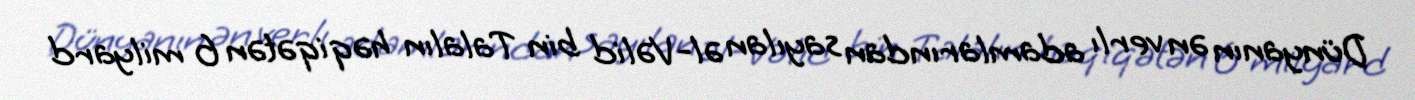
Dünyanın ən verlı adamlarından sayılan əl-Vəlid bin Talalın həqiqətən 6 milyard